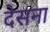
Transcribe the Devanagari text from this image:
देसना